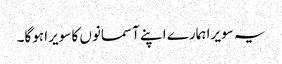
یہ سویرا ہمارے اپنے آسمانوں کا سویرا ہوگا۔